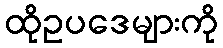
ထိုဥပဒေများကို